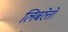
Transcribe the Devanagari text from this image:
लिबरेत्तो